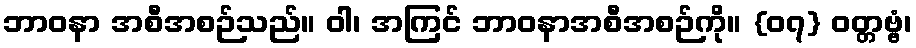
ဘာဝနာ အစီအစဉ်သည်။ ဝါ၊ အကြင် ဘာဝနာအစီအစဉ်ကို။ {၀၇} ဝတ္တဗ္ဗံ၊